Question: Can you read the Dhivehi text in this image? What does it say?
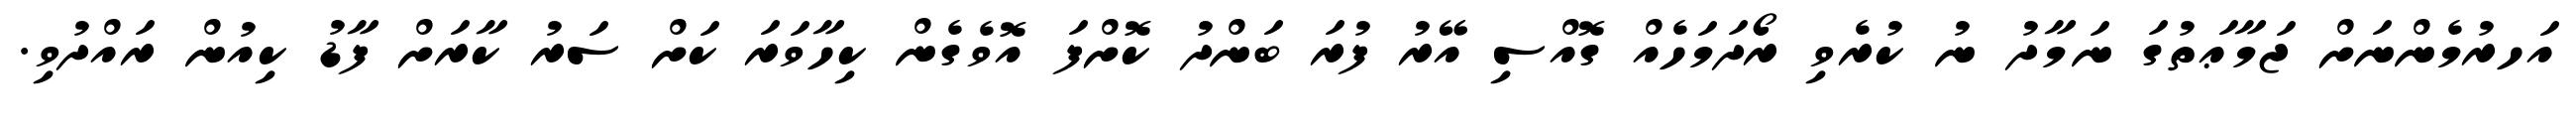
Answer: އަހރުމެންނަށް ޖަމާޢަތުގަ ނަމާދު ނު ކުރެވި ރޯދަމަހެއް ގޮއްސި އޭރު ފުރަ ބަންދު ކޮށްފަ އޮވެގެން ކިހާވަރަ ކަށް ސަރު ކާރަށް ފާޑު ކިއުން ރައްދުވި.